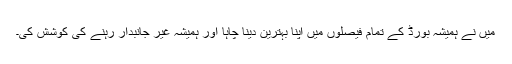
میں نے ہمیشہ بورڈ کے تمام فیصلوں میں اپنا بہترین دینا چاہا اور ہمیشہ غیر جانبدار رہنے کی کوشش کی۔